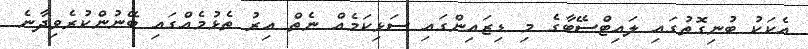
އެކަކު ބުނިގޮތުގައި ލައިޓްސޭބާގެ މި ޑިޒައިންގައި ސަޅިކަމެއް ނެތް އިރު ތެޅުމެއްގައި ބޭނުންކުރެވިދާނެ